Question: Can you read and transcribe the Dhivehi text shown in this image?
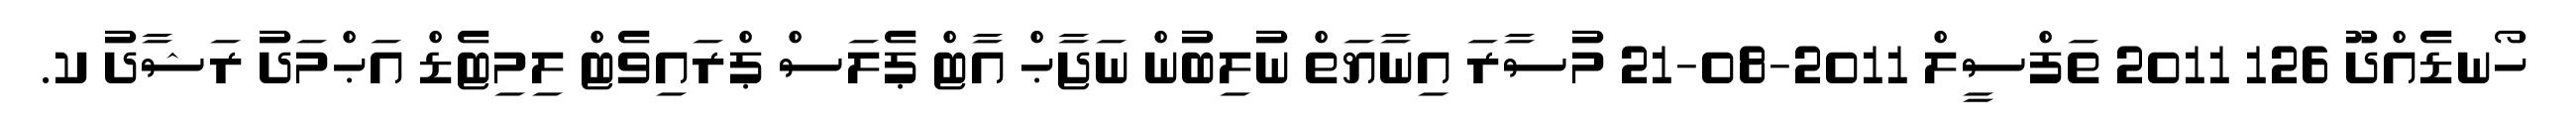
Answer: ހޯނޑެއްދޫ 126 2011 ތަފްސީލް 2011-08-21 މުސާރަ އިނާޔަތް ނުލިބުން ނަޖާޙް އާޓް ޕެލަސް ޕްރައިވެޓް ލިމިޓެޑް އަޙްމަދު ރަޝާދު ކ.